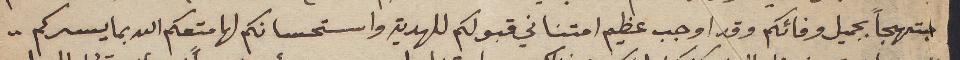
مبتهجاً بجميل وفائكم وقد اوجب عظيم امتناني قبولكم للهدية واستحسانكم لها متعكم الله بما يسركم.